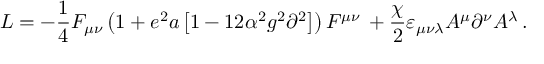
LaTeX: { \cal L } = - \frac { 1 } { 4 } F _ { \mu \nu } \left( { 1 + e ^ { 2 } a \left[ { 1 - 1 2 \alpha ^ { 2 } g ^ { 2 } \partial ^ { 2 } } \right] } \right) F ^ { \mu \nu } \, + \frac { \chi } { 2 } \varepsilon _ { \mu \nu \lambda } A ^ { \mu } \partial ^ { \nu } A ^ { \lambda } \, .